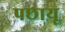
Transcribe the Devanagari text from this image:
पछायू